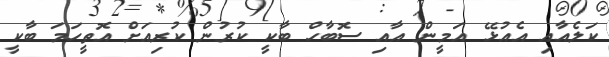
ކަލެއާއި އެއުޅޭ އަމީން އާއި ސޮބާހް ބާކީ ކުރުން ކުރިއަށް އޮތީހަމަ ބާކީ